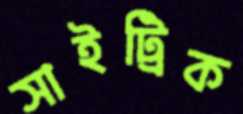
সাইট্রিক